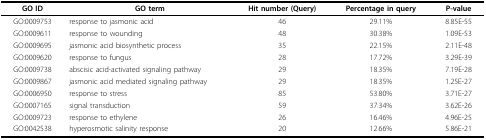
<table><thead><tr><td><b>GO ID</b></td><td><b>GO term</b></td><td><b>Hit number (Query)</b></td><td><b>Percentage in query</b></td><td><b>P-value</b></td></tr></thead><tbody><tr><td>GO:0009753</td><td>response to jasmonic acid</td><td>46</td><td>29.11%</td><td>8.85E-55</td></tr><tr><td>GO:0009611</td><td>response to wounding</td><td>48</td><td>30.38%</td><td>1.09E-53</td></tr><tr><td>GO:0009695</td><td>jasmonic acid biosynthetic process</td><td>35</td><td>22.15%</td><td>2.11E-48</td></tr><tr><td>GO:0009620</td><td>response to fungus</td><td>28</td><td>17.72%</td><td>3.29E-39</td></tr><tr><td>GO:0009738</td><td>abscisic acid-activated signaling pathway</td><td>29</td><td>18.35%</td><td>7.19E-28</td></tr><tr><td>GO:0009867</td><td>jasmonic acid mediated signaling pathway</td><td>29</td><td>18.35%</td><td>1.25E-27</td></tr><tr><td>GO:0006950</td><td>response to stress</td><td>85</td><td>53.80%</td><td>3.71E-27</td></tr><tr><td>GO:0007165</td><td>signal transduction</td><td>59</td><td>37.34%</td><td>3.62E-26</td></tr><tr><td>GO:0009723</td><td>response to ethylene</td><td>26</td><td>16.46%</td><td>4.96E-25</td></tr><tr><td>GO:0042538</td><td>hyperosmotic salinity response</td><td>20</td><td>12.66%</td><td>5.86E-21</td></tr></tbody></table>